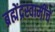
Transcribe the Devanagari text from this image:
ब्रह्मेंद्रस्वामींचें